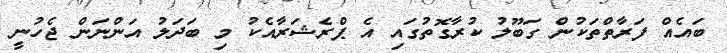
ބައެއް ފަރާތްތަކުން ގަބޫލު ކުރާގޮތުގައި އެ ޕްރެޝަރާއެކު މި ބަދަލު އަންނަން ޖެހުނީ